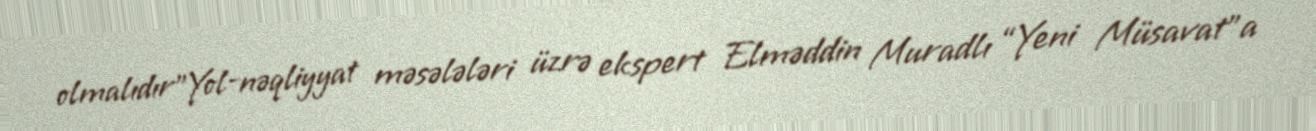
olmalıdır”Yol-nəqliyyat məsələləri üzrə ekspert Elməddin Muradlı “Yeni Müsavat”a